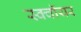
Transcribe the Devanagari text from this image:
स्क्वॉयर